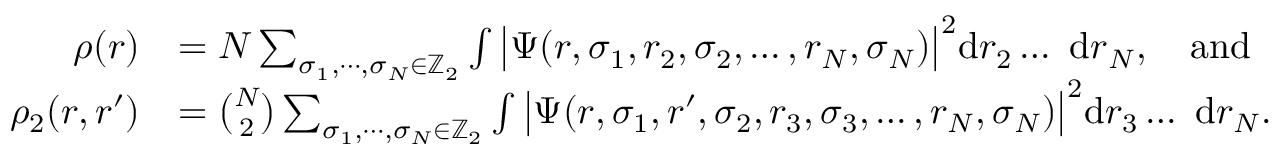
\begin{array} { r l } { \rho ( r ) } & { = N \sum _ { \sigma _ { 1 } , \cdots , \sigma _ { N } \in \mathbb { Z } _ { 2 } } \int \big | \Psi ( r , \sigma _ { 1 } , r _ { 2 } , \sigma _ { 2 } , \dots , r _ { N } , \sigma _ { N } ) \big | ^ { 2 } \mathrm { d } r _ { 2 } \dots ~ \mathrm { d } r _ { N } , \quad \mathrm { a n d } } \\ { \rho _ { 2 } ( r , r ^ { \prime } ) } & { = \binom { N } { 2 } \sum _ { \sigma _ { 1 } , \cdots , \sigma _ { N } \in \mathbb { Z } _ { 2 } } \int \big | \Psi ( r , \sigma _ { 1 } , r ^ { \prime } , \sigma _ { 2 } , r _ { 3 } , \sigma _ { 3 } , \dots , r _ { N } , \sigma _ { N } ) \big | ^ { 2 } \mathrm { d } r _ { 3 } \dots ~ \mathrm { d } r _ { N } . } \end{array}